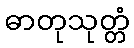
ဓာတုသုတ္တံ